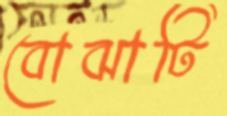
বোঝাটি